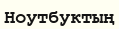
Ноутбуктың